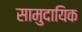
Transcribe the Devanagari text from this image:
सामुदायिक